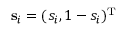
\mathbf { s } _ { i } = ( s _ { i } , 1 - s _ { i } ) ^ { \mathrm { T } }